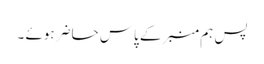
پس ہم منبرکے پاس حاضر ہوئے ۔